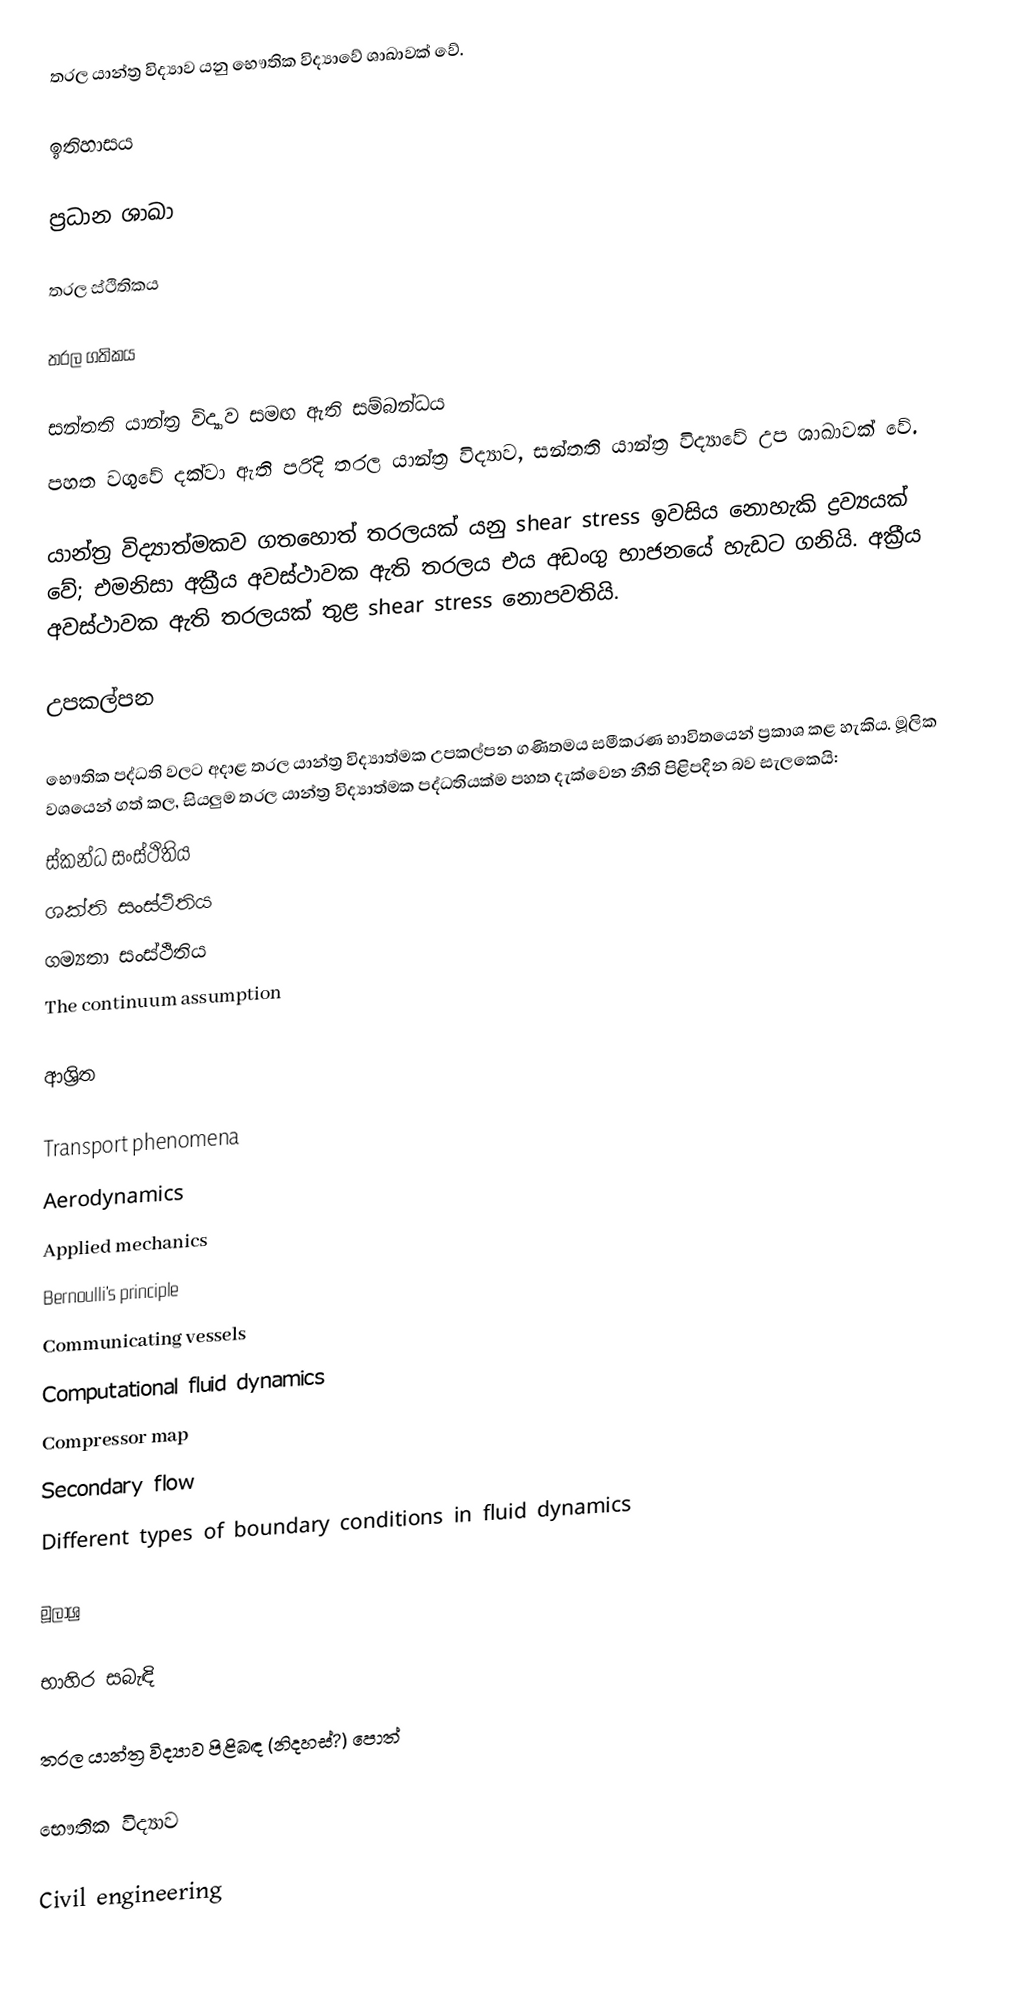
තරල යාන්ත්‍ර විද්‍යාව යනු භෞතික විද්‍යාවේ ශාඛාවක් වේ.

ඉතිහාසය

ප්‍රධාන ශාඛා

තරල ස්ථිතිකය

තරල ගතිකය

සන්තති යාන්ත්‍ර විද්‍යාව සමඟ ඇති සම්බන්ධය
පහත වගුවේ දක්වා ඇති පරිදි තරල යාන්ත්‍ර විද්‍යාව, සන්තති යාන්ත්‍ර විද්‍යාවේ උප ශාඛාවක් වේ.

යාන්ත්‍ර විද්‍යාත්මකව ගතහොත් තරලයක් යනු shear stress ඉවසිය නොහැකි ද්‍රව්‍යයක් වේ; එමනිසා අක්‍රීය අවස්ථාවක ඇති තරලය එය අඩංගු භාජනයේ හැඩට ගනියි. අක්‍රීය අවස්ථාවක ඇති තරලයක් තුළ shear stress නොපවතියි.

උපකල්පන

භෞතික පද්ධති වලට අදාළ තරල යාන්ත්‍ර විද්‍යාත්මක උපකල්පන ගණිතමය සමීකරණ භාවිතයෙන් ප්‍රකාශ කළ හැකිය. මූලික වශයෙන් ගත් කල, සියලුම තරල යාන්ත්‍ර විද්‍යාත්මක පද්ධතියක්ම පහත දැක්වෙන නීති පිළිපදින බව සැලකෙයි:
 ස්කන්ධ සංස්ථිතිය
 ශක්ති සංස්ථිතිය
 ගම්‍යතා සංස්ථිතිය
 The continuum assumption

ආශ්‍රිත

Transport phenomena
Aerodynamics
Applied mechanics
Bernoulli's principle
Communicating vessels
Computational fluid dynamics
Compressor map
Secondary flow
Different types of boundary conditions in fluid dynamics

මූලාශ්‍ර

භාහිර සබැඳි

තරල යාන්ත්‍ර විද්‍යාව පිළිබඳ (නිදහස්?) පොත්

භෞතික විද්‍යාව

Civil engineering